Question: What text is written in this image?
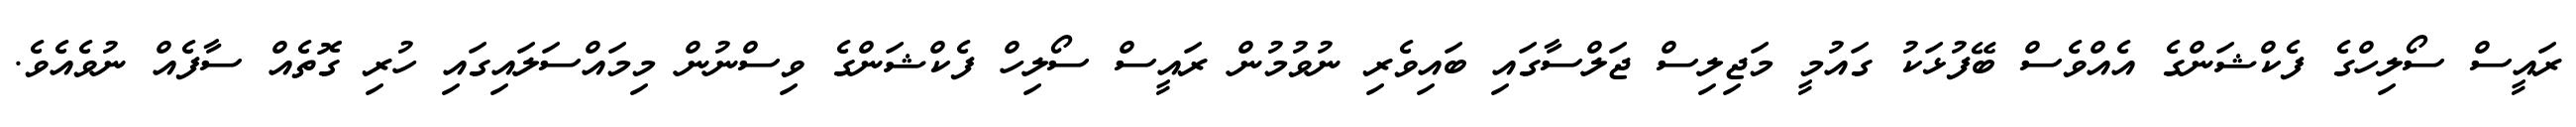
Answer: ރައީސް ސޯލިހްގެ ފެކްޝަންގެ އެއްވެސް ބޭފުޅަކު ގައުމީ މަޖިލިސް ޖަލްސާގައި ބައިވެރި ނުވުމުން ރައީސް ސޯލިހް ފެކްޝަންގެ ވިސްނުން މިމައްސަލައިގައި ހުރި ގޮތެއް ސާފެއް ނުވެއެވެ.